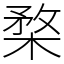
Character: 楘